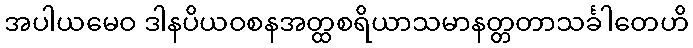
အပါယမေဝ ဒါနပိယဝစနအတ္ထစရိယာသမာနတ္တတာသင်္ခါတေဟိ